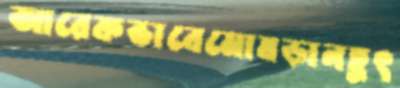
আরেকভাবেমোষড়ানহূৎ